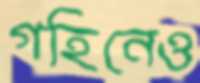
গহিনেও